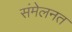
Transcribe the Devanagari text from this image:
संमेलनत